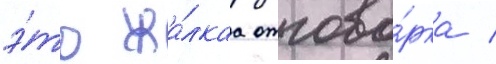
э́то жа́лкаа отгово́рка /